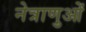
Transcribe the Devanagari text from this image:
नेत्राणुओं